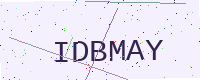
Text: IDBMAY